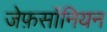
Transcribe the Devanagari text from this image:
जेफ़र्सोनियन